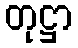
တုဋ္ဌာ